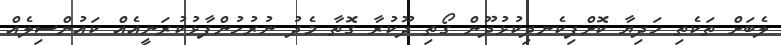
ލެބަށް ތަކެތި ހަދިޔާ ކޮށްފިކެނދިކުޅުދޫން ގޯތި ދޫކުރާ ގޮތާ މެދު ނުރުހުންފާޅުކުރަނީއެއް ކައުންސިލެއް